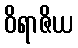
ဝိရာဇိယ